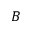
B